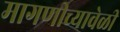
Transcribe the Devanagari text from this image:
मागणीच्यावेळी